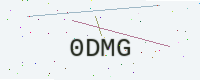
Text: 0DMG